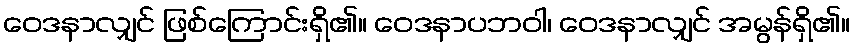
ဝေဒနာလျှင် ဖြစ်ကြောင်းရှိ၏။ ဝေဒနာပဘဝါ၊ ဝေဒနာလျှင် အမွန်ရှိ၏။